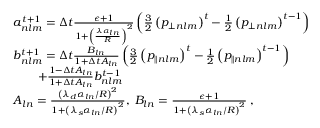
\begin{array} { r l } & { a _ { n l m } ^ { t + 1 } = \Delta t \frac { \epsilon + 1 } { 1 + \left( \frac { \lambda \alpha _ { l n } } { R } \right) ^ { 2 } } \left( \frac { 3 } { 2 } \left( p _ { \perp n l m } \right) ^ { t } - \frac { 1 } { 2 } \left( p _ { \perp n l m } \right) ^ { t - 1 } \right) } \\ & { b _ { n l m } ^ { t + 1 } = \Delta t \frac { B _ { l n } } { 1 + \Delta t A _ { l n } } \left( \frac { 3 } { 2 } \left( p _ { \parallel n l m } \right) ^ { t } - \frac { 1 } { 2 } \left( p _ { \parallel n l m } \right) ^ { t - 1 } \right) } \\ & { \quad \quad + \frac { 1 - \Delta t A _ { l n } } { 1 + \Delta t A _ { l n } } b _ { n l m } ^ { t - 1 } } \\ & { A _ { l n } = \frac { \left( \lambda _ { d } \alpha _ { l n } / R \right) ^ { 2 } } { 1 + \left( \lambda _ { s } \alpha _ { l n } / R \right) ^ { 2 } } , \; B _ { l n } = \frac { \epsilon + 1 } { 1 + \left( \lambda _ { s } \alpha _ { l n } / R \right) ^ { 2 } } \; , } \end{array}